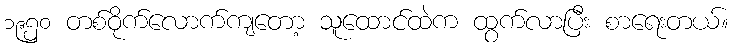
၁၉၅၀ တစ်ဝိုက်လောက်ကျတော့ သူထောင်ထဲက ထွက်လာပြီး စာရေးတယ်။